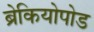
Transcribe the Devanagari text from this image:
ब्रेकियोपोड